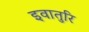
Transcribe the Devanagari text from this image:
इवातुरि